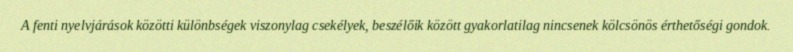
A fenti nyelvjárások közötti különbségek viszonylag csekélyek, beszélőik között gyakorlatilag nincsenek kölcsönös érthetőségi gondok.